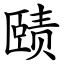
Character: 赜